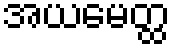
အယမေတ္ထ